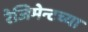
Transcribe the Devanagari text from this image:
रेजिमेन्टच्या